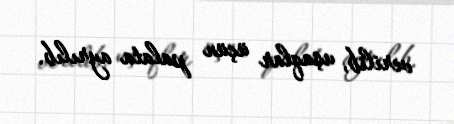
verilib, uşaqlar üçün palata ayrılıb.